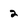
Character: 2